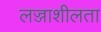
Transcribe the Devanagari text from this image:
लज्जाशीलता